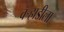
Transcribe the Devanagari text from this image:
वर्‍हाडीला